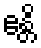
ဧန္တိ